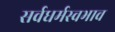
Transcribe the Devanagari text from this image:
सर्वधर्मस्वभाव